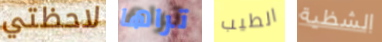
لاحظتي تراها الطيب الشظية